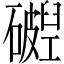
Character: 𬒧